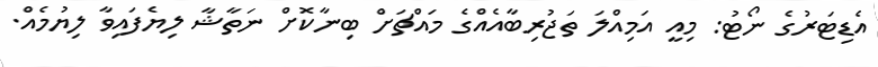
އެޑިޓަރުގެ ނޯޓު: މިއީ އަމިއްލަ ތަޖުރިބާއެއްގެ މައްޗަށް ބިނާކޮށް ނަތާޝާ ލިޔެފައިވާ ލިޔުމެއް.